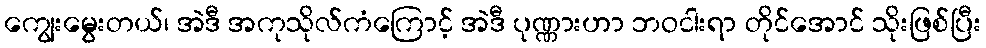
ကျွေးမွေးတယ်၊ အဲဒီ အကုသိုလ်ကံကြောင့် အဲဒီ ပုဏ္ဏားဟာ ဘဝငါးရာ တိုင်အောင် သိုးဖြစ်ပြီး